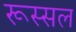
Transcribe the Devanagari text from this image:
रूस्सल